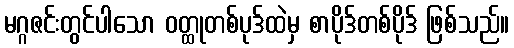
မဂ္ဂဇင်းတွင်ပါသော ဝတ္ထုတစ်ပုဒ်ထဲမှ စာပိုဒ်တစ်ပိုဒ် ဖြစ်သည်။